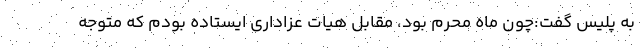
به پلیس گفت:چون ماه محرم بود، مقابل هیات عزاداری ایستاده بودم که متوجه